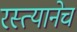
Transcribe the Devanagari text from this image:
रस्त्यानेच